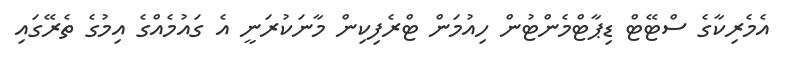
އެމެރިކާގެ ސްޓޭޓް ޑިޕާޓްމެންޓުން ހިއުމަން ޓްރެފިކިން މާނަކުރަނީ އެ ގައުމެއްގެ އިމުގެ ތެރޭގައި